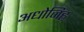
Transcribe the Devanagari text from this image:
अधोजिह्व